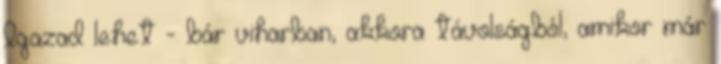
Igazad lehet - bár viharban, akkora távolságból, amikor már